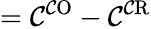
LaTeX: =\mathcal{C}^{\mathrm{{\mathcal{C}O}}}-\mathcal{C}^{\mathrm{{\mathcal{C}R}}}